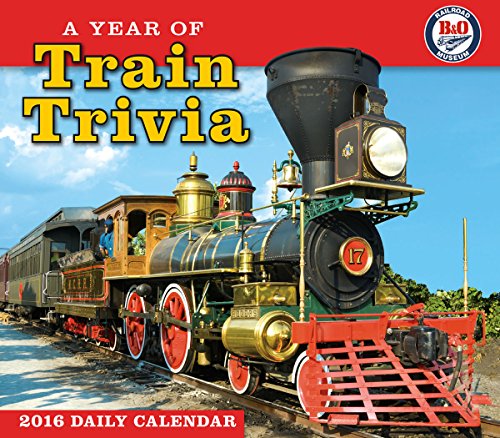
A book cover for Year of Train Trivia 2016 Boxed/Daily Calendar; B&O Railroad Museum; Engineering & Transportation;